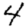
Digit: 4